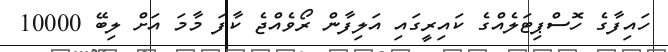
ހައިފާގެ ހޮސްޕިޓަލެއްގެ ކައިރީގައި އަލިފާން ރޯވެއްޖެ ކާފަ މާމަ އަށް ލިބޭ 10000